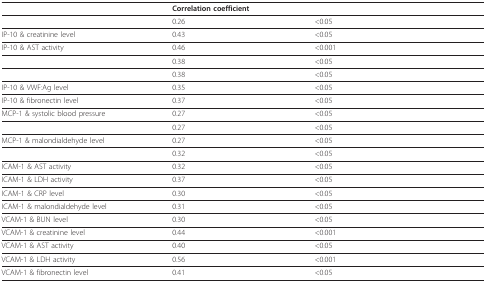
<table><thead><tr><td>[EMPTY_CELL]</td><td><b>Correlation coefficient</b></td><td>[EMPTY_CELL]</td></tr></thead><tbody><tr><td>[EMPTY_CELL]</td><td>0.26</td><td>&lt;0.05</td></tr><tr><td>IP-10 &amp; creatinine level</td><td>0.43</td><td>&lt;0.05</td></tr><tr><td>IP-10 &amp; AST activity</td><td>0.46</td><td>&lt;0.001</td></tr><tr><td>[EMPTY_CELL]</td><td>0.38</td><td>&lt;0.05</td></tr><tr><td>[EMPTY_CELL]</td><td>0.38</td><td>&lt;0.05</td></tr><tr><td>IP-10 &amp; VWF:Ag level</td><td>0.35</td><td>&lt;0.05</td></tr><tr><td>IP-10 &amp; fibronectin level</td><td>0.37</td><td>&lt;0.05</td></tr><tr><td>MCP-1 &amp; systolic blood pressure</td><td>0.27</td><td>&lt;0.05</td></tr><tr><td>[EMPTY_CELL]</td><td>0.27</td><td>&lt;0.05</td></tr><tr><td>MCP-1 &amp; malondialdehyde level</td><td>0.27</td><td>&lt;0.05</td></tr><tr><td>[EMPTY_CELL]</td><td>0.32</td><td>&lt;0.05</td></tr><tr><td>ICAM-1 &amp; AST activity</td><td>0.32</td><td>&lt;0.05</td></tr><tr><td>ICAM-1 &amp; LDH activity</td><td>0.37</td><td>&lt;0.05</td></tr><tr><td>ICAM-1 &amp; CRP level</td><td>0.30</td><td>&lt;0.05</td></tr><tr><td>ICAM-1 &amp; malondialdehyde level</td><td>0.31</td><td>&lt;0.05</td></tr><tr><td>VCAM-1 &amp; BUN level</td><td>0.30</td><td>&lt;0.05</td></tr><tr><td>VCAM-1 &amp; creatinine level</td><td>0.44</td><td>&lt;0.001</td></tr><tr><td>VCAM-1 &amp; AST activity</td><td>0.40</td><td>&lt;0.05</td></tr><tr><td>VCAM-1 &amp; LDH activity</td><td>0.56</td><td>&lt;0.001</td></tr><tr><td>VCAM-1 &amp; fibronectin level</td><td>0.41</td><td>&lt;0.05</td></tr></tbody></table>